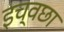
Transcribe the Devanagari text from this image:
इच्वछा